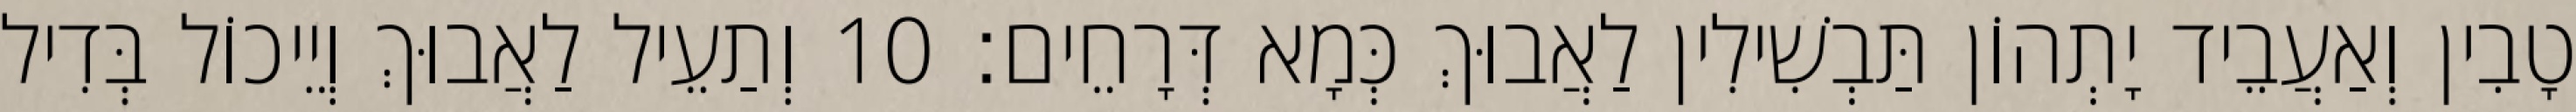
טָבִין וְאַעֲבֵיד יָתְהוֹן תַּבְשִׁילִין לַאֲבוּךְ כְּמָא דְּרָחֵים׃ 10 וְתַעֵיל לַאֲבוּךְ וְיֵיכוֹל בְּדִיל